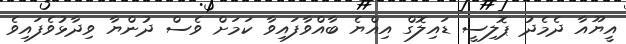
އީޔޫއާ ދެމެދު ޕޮލިސީ ޑައިލޮގް އިއްޔެ ބާއްވާފައިވާ ކަމަށް ވެސް ދުންޔާ ވިދާޅުވެފައިވެ